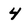
Character: 4